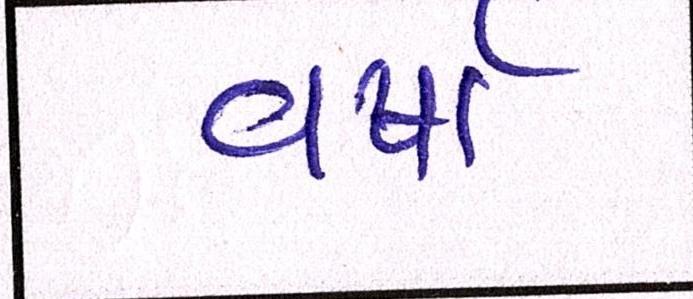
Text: વર્ષા